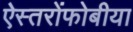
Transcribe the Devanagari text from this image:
ऐस्तरोंफोबीया